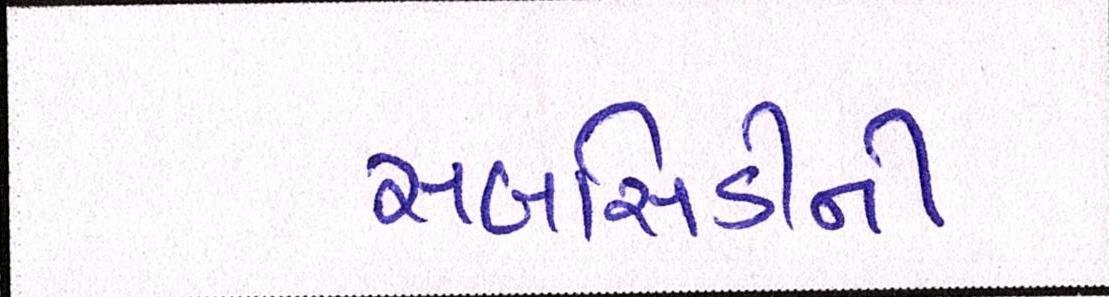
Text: સબસિડીની